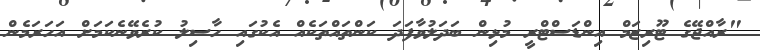
"ރާއްޖޭގެ ޓޫރިޒަމް އިންޑަސްޓްރީ މުޅިން ބަދަލުވާފަދަ ކަންތައްތަކެއް އެކުގައި ހާސިލު ކުރެވޭނެކަމަށް އަހަރަމެން